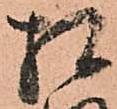
相